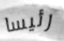
رئيسا